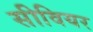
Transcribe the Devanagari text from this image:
सीवियर